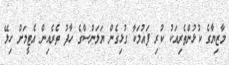
މާޒިޔާގެ ކުޅުންތެރިއަކު ކުރި ފައުލަކާ ގުޅިގެން ޔަލަންސްގެ ހާފު ތެރެއިން އެޓީމަށް ހިލޭ